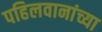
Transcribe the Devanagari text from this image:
पहिलवानांच्या